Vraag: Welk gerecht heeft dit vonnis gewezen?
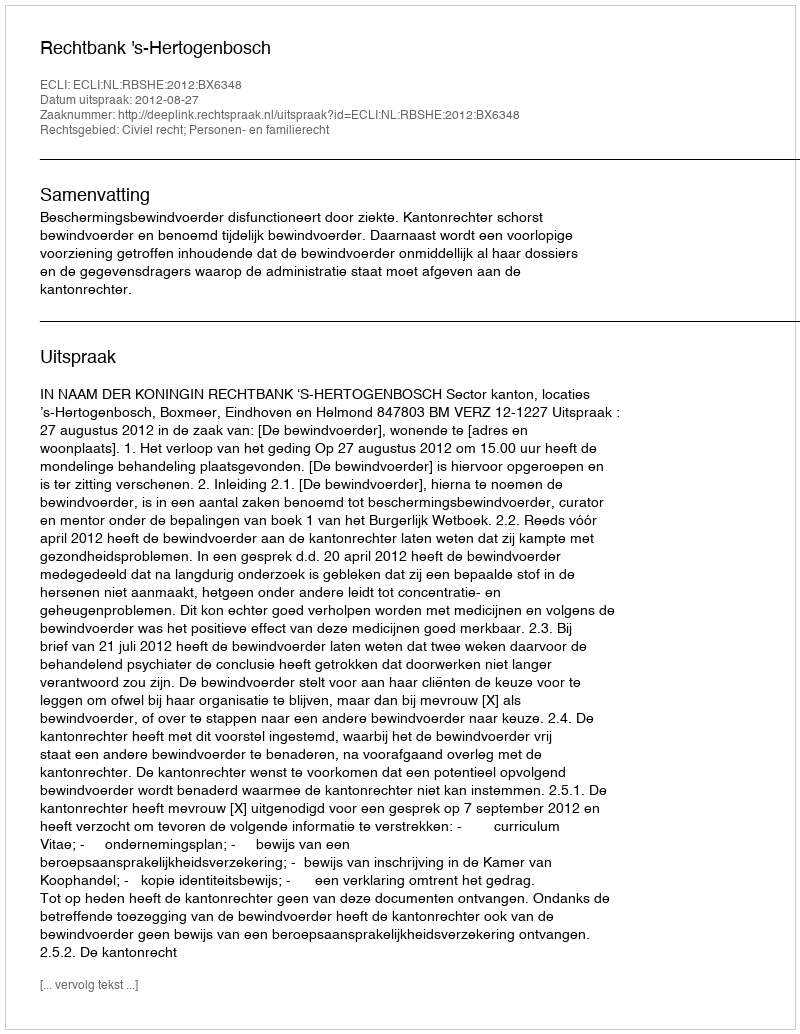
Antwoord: Rechtbank 's-Hertogenbosch